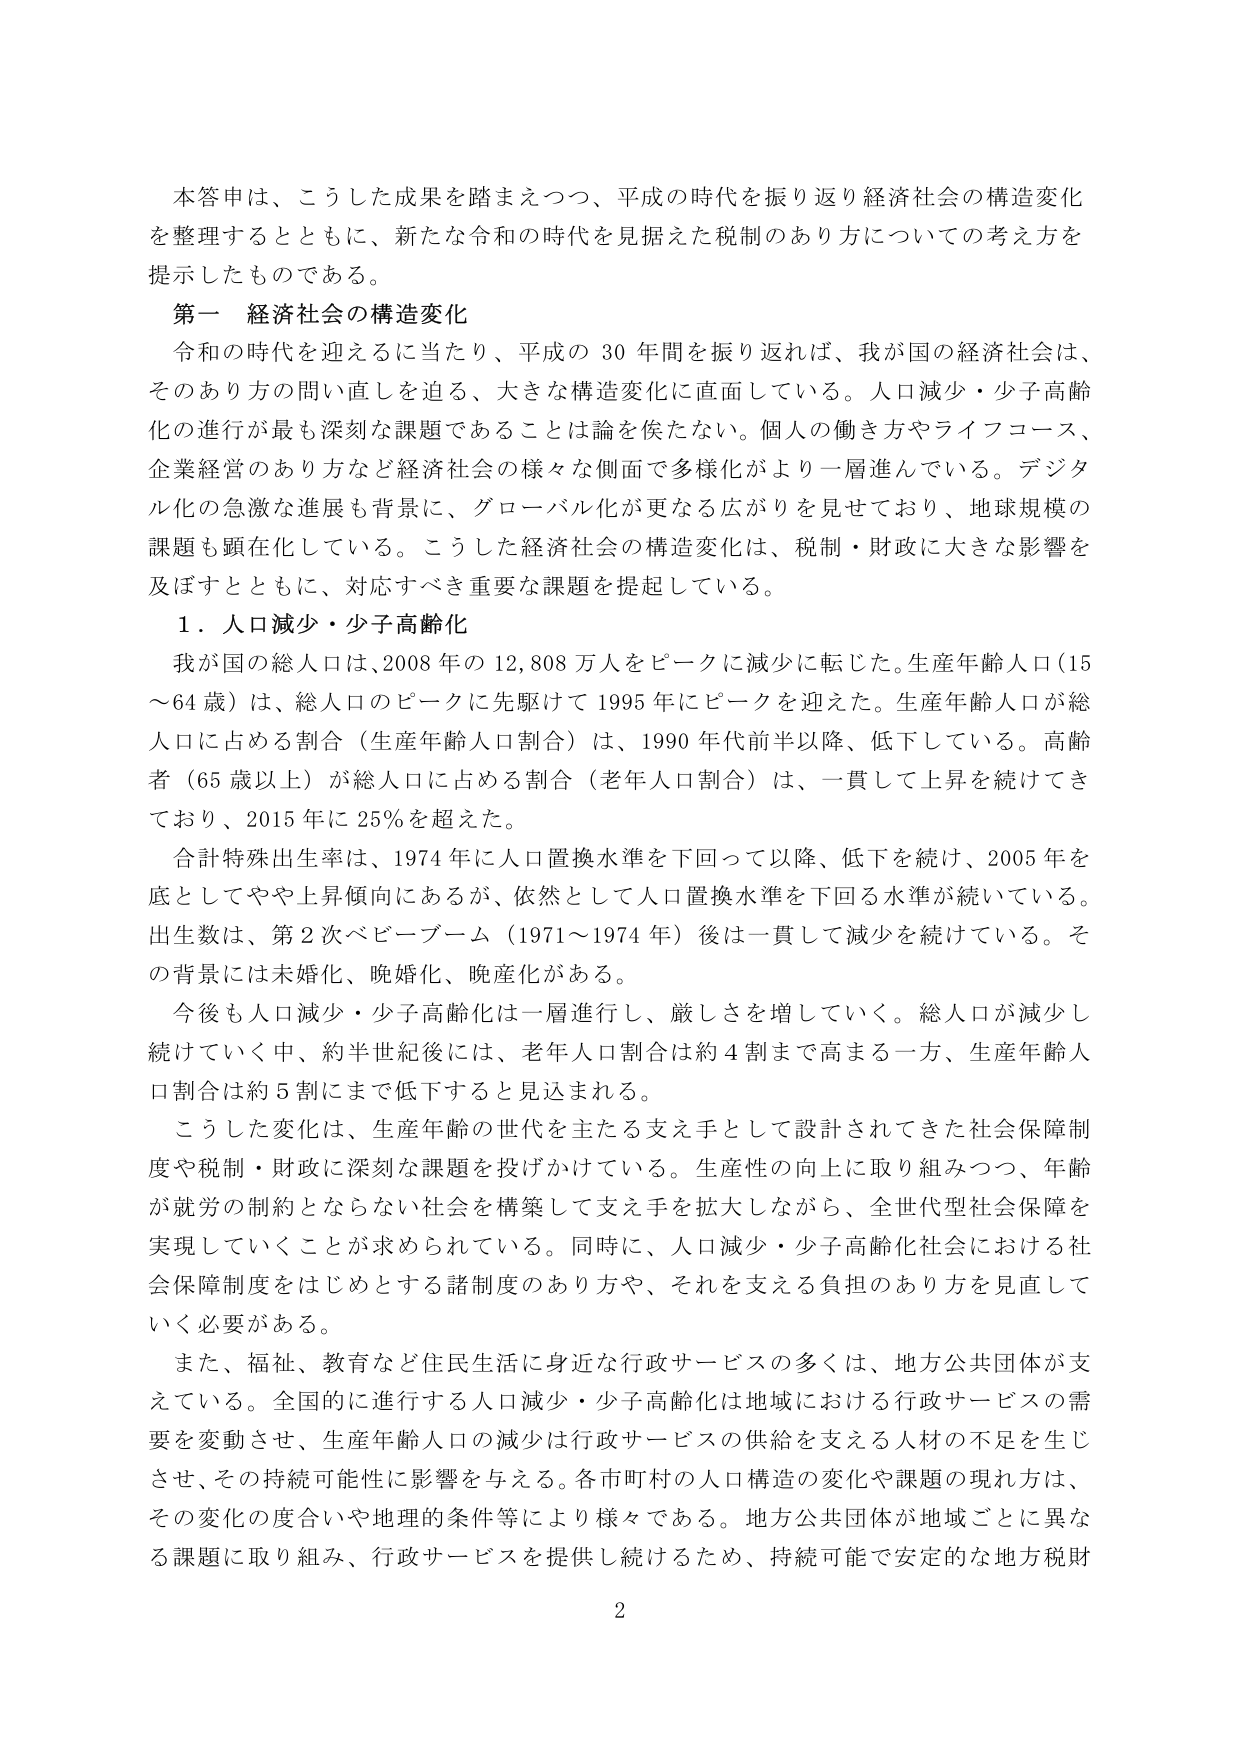
本答申は、こうした成果を踏まえつつ、平成の時代を振り返り経済社会の構造変化を整理するとともに、新たな令和の時代を見据えた税制のあり方についての考え方を提示したものである。

第一 経済社会の構造変化

令和の時代を迎えるに当たり、平成の30年間を振り返れば、我が国の経済社会は、そのあり方の問い直しを迫る、大きな構造変化に直面している。人口減少・少子高齢化の進行が最も深刻な課題であることは論を俟たない。個人の働き方やライフコース、企業経営のあり方など経済社会の様々な側面で多様化がより一層進んでいる。デジタル化の急激な進展も背景に、グローバル化が更なる広がりを見せており、地球規模の課題も顕在化している。こうした経済社会の構造変化は、税制・財政に大きな影響を及ぼすとともに、対応すべき重要な課題を提起している。

１．人口減少・少子高齢化

我が国の総人口は、2008年の12,808万人をピークに減少に転じた。生産年齢人口（15～64歳）は、総人口のピークに先駆けて1995年にピークを迎えた。生産年齢人口が総人口に占める割合（生産年齢人口割合）は、1990年代前半以降、低下している。高齢者（65歳以上）が総人口に占める割合（老年人口割合）は、一貫して上昇を続けてきており、2015年に25％を超えた。

合計特殊出生率は、1974年に人口置換水準を下回って以降、低下を続け、2005年を底としてやや上昇傾向にあるが、依然として人口置換水準を下回る水準が続いている。出生数は、第2次ベビーブーム（1971～1974年）後は一貫して減少を続けている。その背景には未婚化、晩婚化、晩産化がある。

今後も人口減少・少子高齢化は一層進行し、厳しさを増していく。総人口が減少し続けていく中、約半世紀後には、老年人口割合は約4割まで高まる一方、生産年齢人口割合は約5割にまで低下すると見込まれる。

こうした変化は、生産年齢の世代を主たる支え手として設計されてきた社会保障制度や税制・財政に深刻な課題を投げかけている。生産性の向上に取り組みつつ、年齢が就労の制約とならない社会を構築して支え手を拡大しながら、全世代型社会保障を実現していくことが求められている。同時に、人口減少・少子高齢化社会における社会保障制度をはじめとする諸制度のあり方や、それを支える負担のあり方を見直していく必要がある。

また、福祉、教育など住民生活に身近な行政サービスの多くは、地方公共団体が支えている。全国的に進行する人口減少・少子高齢化は地域における行政サービスの需要を変動させ、生産年齢人口の減少は行政サービスの供給を支える人材の不足を生じさせ、その持続可能性に影響を与える。各市町村の人口構造の変化や課題の現れ方は、その変化の度合いや地理的条件等により様々である。地方公共団体が地域ごとに異なる課題に取り組み、行政サービスを提供し続けるため、持続可能で安定的な地方税財

2